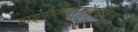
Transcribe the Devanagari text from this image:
हाइपरमेटामॉर्फ़ोसिस